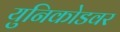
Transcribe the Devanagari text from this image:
युनिकोडवर